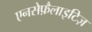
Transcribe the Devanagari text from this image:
एनसेफ़ैलाइटिज़